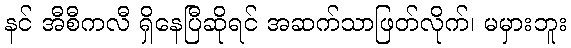
နင် အီစီကလီ ရှိနေပြီဆိုရင် အဆက်သာဖြတ်လိုက်၊ မမှားဘူး